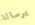
برسالة